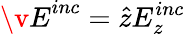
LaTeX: {\v E}^{inc}=\hat{z}E_{z}^{inc}